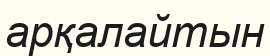
арқалайтын